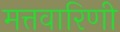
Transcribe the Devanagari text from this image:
मत्तवारिणी